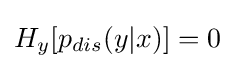
H_{y}[p_{dis}(y|x)]=0